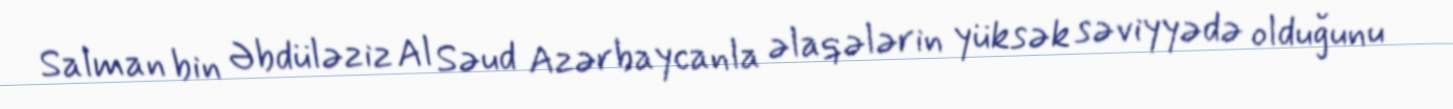
Salman bin Əbdüləziz Al Səud Azərbaycanla əlaqələrin yüksək səviyyədə olduğunu